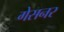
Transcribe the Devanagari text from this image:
गेसनर